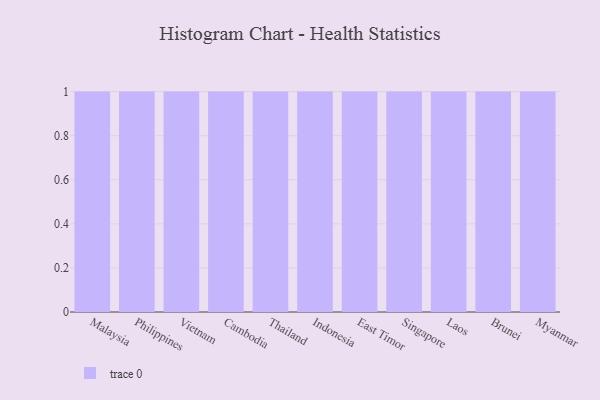
{"axis": {"x": "Country", "y": "Backlog"}, "legend": [""], "data": [{"x": "Malaysia", "y": 62, "type": ""}, {"x": "Philippines", "y": 1, "type": ""}, {"x": "Vietnam", "y": 10, "type": ""}, {"x": "Cambodia", "y": 33, "type": ""}, {"x": "Thailand", "y": 39, "type": ""}, {"x": "Indonesia", "y": 98, "type": ""}, {"x": "East Timor", "y": 19, "type": ""}, {"x": "Singapore", "y": 14, "type": ""}, {"x": "Laos", "y": 15, "type": ""}, {"x": "Brunei", "y": 14, "type": ""}, {"x": "Myanmar", "y": 30, "type": ""}]}